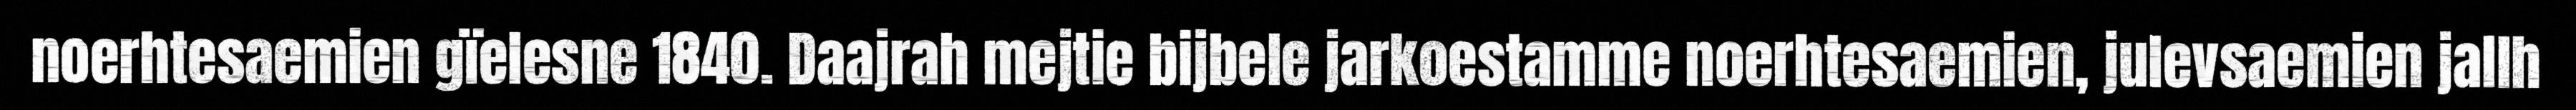
noerhtesaemien gïelesne 1840. Daajrah mejtie bijbele jarkoestamme noerhtesaemien, julevsaemien jallh